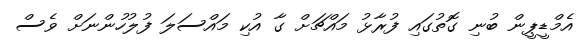
އެމްޑީޕީން ބުނި ގޮތުގައި ފުރާޅު މައްޗަށް ގާ އުކި މައްސަލަ ފުލުހުންނަށް ވެސް